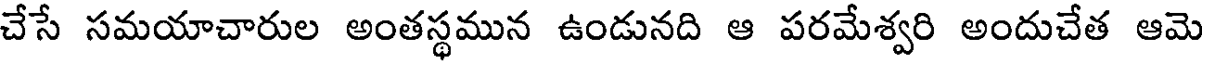
చేసే సమయాచారుల అంతస్థమున ఉండునది ఆ పరమేశ్వరి అందుచేత ఆమె